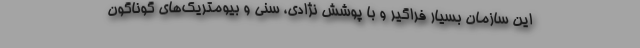
این سازمان بسیار فراگیر و با پوشش نژادی، سنی و بیومتریک‌های گوناگون